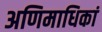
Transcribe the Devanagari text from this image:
अणिमाधिकां